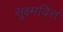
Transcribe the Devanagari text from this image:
सूक्ष्मवित्त